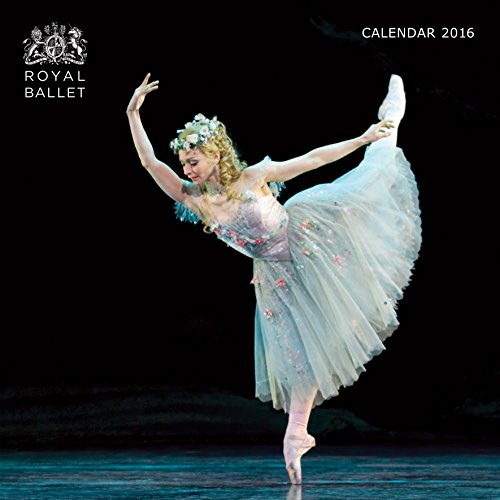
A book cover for Royal Ballet Wall Calendar 2016; Calendars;